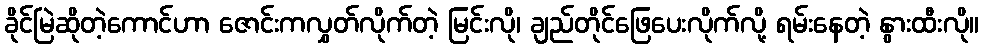
ခိုင်မြဲဆိုတဲ့ကောင်ဟာ ဇောင်းကလွှတ်လိုက်တဲ့ မြင်းလို၊ ချည်တိုင်ဖြေပေးလိုက်လို့ ရမ်းနေတဲ့ နွားထီးလို။